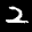
Label: 2